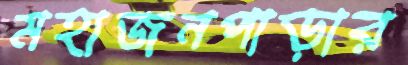
মহাজনপাড়ার